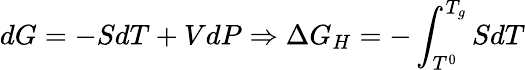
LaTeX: dG=-SdT+VdP\Rightarrow\Delta G_{H}=-\int_{T^{0}}^{T_{g}}SdT